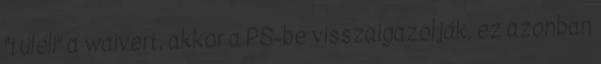
"túléli" a waivert, akkor a PS-be visszaigazolják, ez azonban